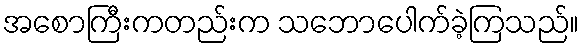
အစောကြီးကတည်းက သဘောပေါက်ခဲ့ကြသည်။